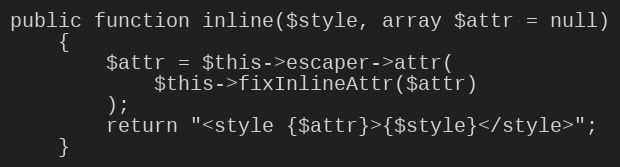
Language: PHP
public function inline($style, array $attr = null)
    {
        $attr = $this->escaper->attr(
            $this->fixInlineAttr($attr)
        );
        return "<style {$attr}>{$style}</style>";
    }